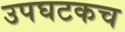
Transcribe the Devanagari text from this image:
उपघटकच